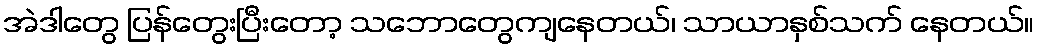
အဲဒါတွေ ပြန်တွေးပြီးတော့ သဘောတွေကျနေတယ်၊ သာယာနှစ်သက် နေတယ်။